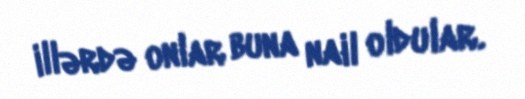
illərdə onlar buna nail oldular.